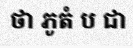
ថា ភូតំ ប ជា